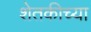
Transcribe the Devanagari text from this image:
शेतकीच्या